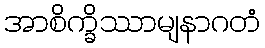
အာစိက္ခိဿာမျနာဂတံ